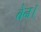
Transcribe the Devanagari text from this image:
बेन।